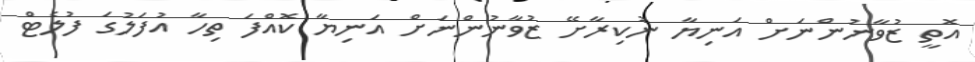
އޮތީ ޒުވާނުންނަށް އަނިޔާ ނުކިރާށޭ ޒުވާނުންނަށް އަނިޔާ ކޮއްފަ ތިހާ އުފަލުގަ ފުލެޓް